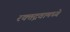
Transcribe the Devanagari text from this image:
रक्तद्रवामध्ये